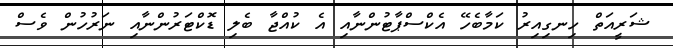
ޝަރީއަތް ހިނގިއިރު ކަމާބެހޭ އެކްސްޕާޓުންނާއި އެ ކުއްޖާ ބެލި ޑޮކްޓަރުންނާއި ނަރުހުން ވެސް